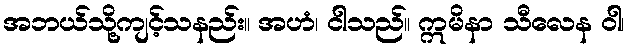
အဘယ်သို့ကျင့်သနည်း။ အဟံ၊ ငါသည်။ ဣမိနာ သီလေန ဝါ၊